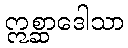
ဣစ္ဆာဒေါသာ